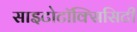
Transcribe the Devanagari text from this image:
साइटोटॉक्सिसिटी